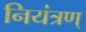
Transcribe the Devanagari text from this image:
नियंत्रण्‌